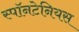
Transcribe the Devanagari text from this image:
स्पॉनटेनियस